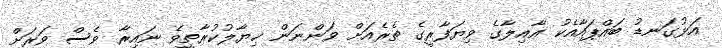
އަޅުގަނޑު ބައްޕައާއެކު ޢާއިލާގެ ވިޔަފާރީގެ ތެރެއަށް ވަންނަން ޚިޔާލުކުރާތީވެ ނައިރާ ވެސް ވަރަށް